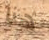
هنا